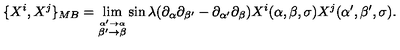
\{ X ^ { i } , X ^ { j } \} _ { M B } = \lim _ { \stackrel { \alpha ^ { \prime } \to \alpha } { \beta ^ { \prime } \to \beta } } \sin \lambda ( \partial _ { \alpha } \partial _ { \beta ^ { \prime } } - \partial _ { \alpha ^ { \prime } } \partial _ { \beta } ) X ^ { i } ( \alpha , \beta , \sigma ) X ^ { j } ( \alpha ^ { \prime } , \beta ^ { \prime } , \sigma ) .